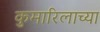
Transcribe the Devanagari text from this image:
कुमारिलाच्या